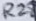
Text: R28